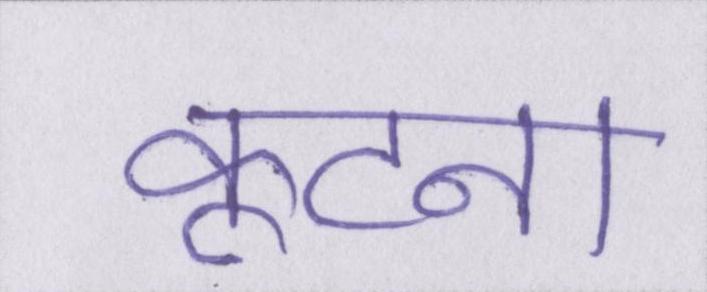
कूटना